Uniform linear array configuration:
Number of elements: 12
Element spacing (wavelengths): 0.75
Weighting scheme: exponential
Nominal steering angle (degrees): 15
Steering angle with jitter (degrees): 16.613
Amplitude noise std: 0.05
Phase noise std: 0.05

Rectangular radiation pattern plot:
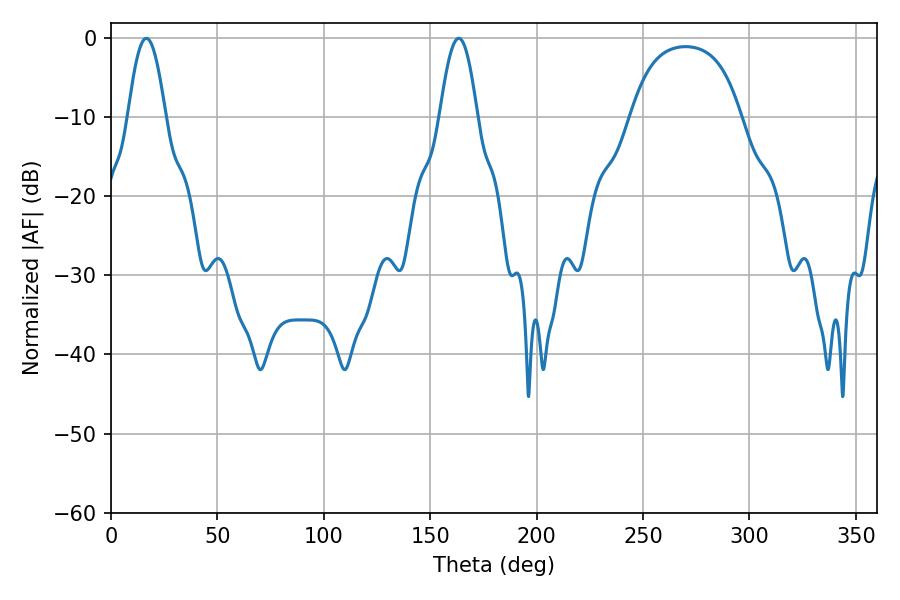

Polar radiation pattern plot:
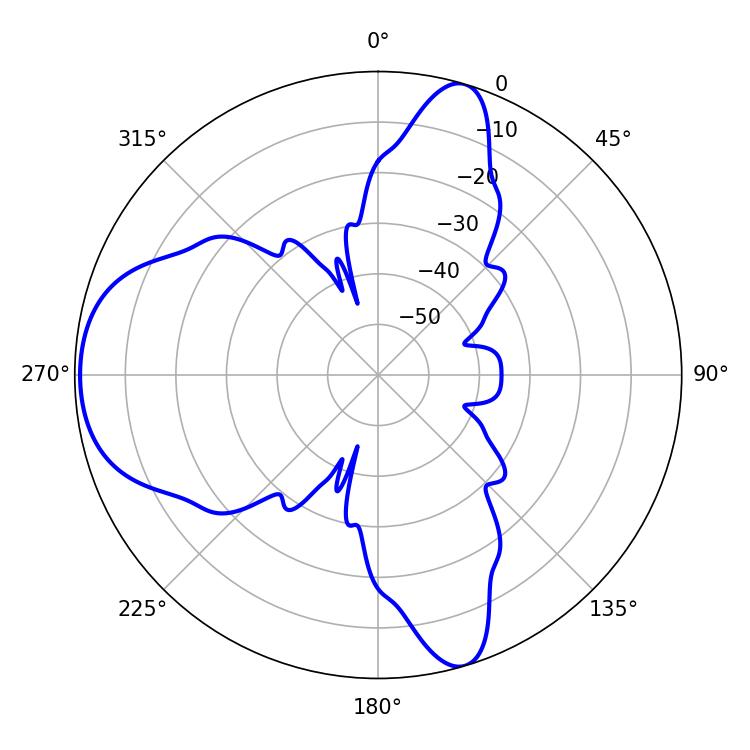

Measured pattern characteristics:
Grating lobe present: TRUE
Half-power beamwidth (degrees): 9.54
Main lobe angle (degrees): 16.56